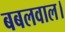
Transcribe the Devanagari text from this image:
बबलवाल।